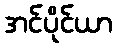
အင်ပိုင်ယာ